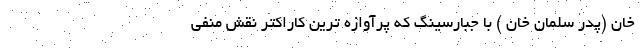
خان (پدر سلمان خان ) با جبارسینگ که پرآوازه ترین کاراکتر نقش منفی